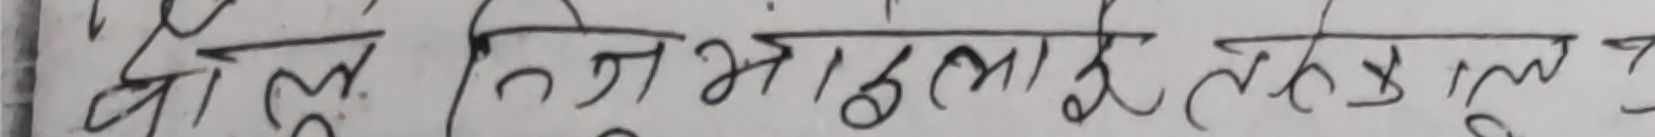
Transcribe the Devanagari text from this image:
बेल सिँभाडलाई तक्युल